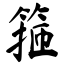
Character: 箍